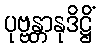
ပုဗ္ဗန္တာနုဒိဋ္ဌိံ